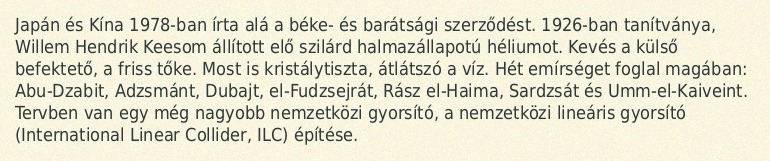
Japán és Kína 1978-ban írta alá a béke- és barátsági szerződést. 1926-ban tanítványa, Willem Hendrik Keesom állított elő szilárd halmazállapotú héliumot. Kevés a külső befektető, a friss tőke. Most is kristálytiszta, átlátszó a víz. Hét emírséget foglal magában: Abu-Dzabit, Adzsmánt, Dubajt, el-Fudzsejrát, Rász el-Haima, Sardzsát és Umm-el-Kaiveint. Tervben van egy még nagyobb nemzetközi gyorsító, a nemzetközi lineáris gyorsító (International Linear Collider, ILC) építése.